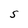
Character: S